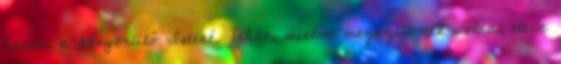
hanem a könyörülő Istené. Tehát, mielőtt megszülettek volna, eleve